Annual administration report of the Civil Veterinary Department of India - 1896-1897
Year: 1896
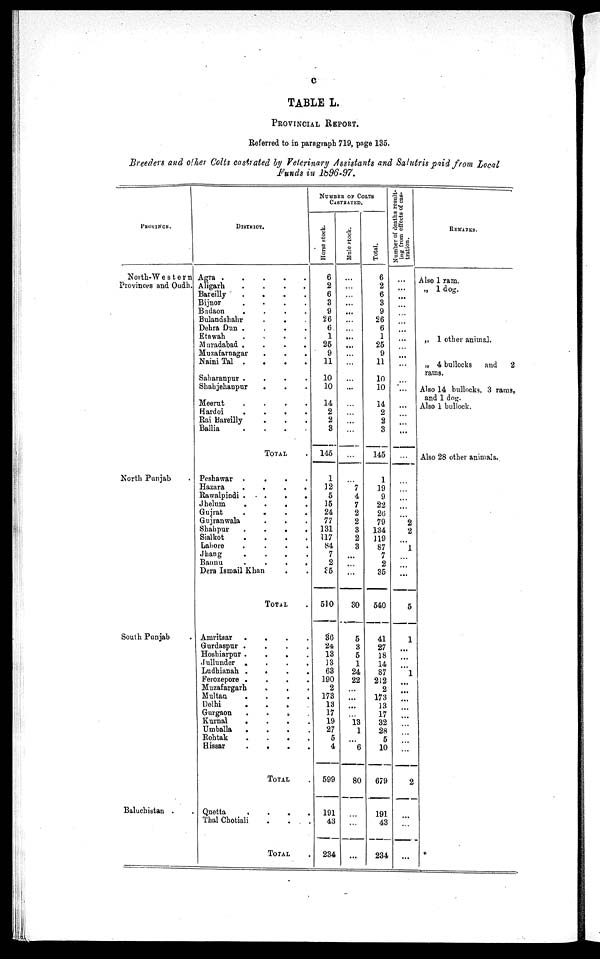
c
TABLE L.
PROVINCIAL REPORT.
Referred to in paragraph 719, page 135.
Breeders and other Colts castrated by Veterinary Assistants and Salutris paid from Local
Funds in 1896-97.
PROVINCE.
North-Western
Provinces and Oudh.
North Punjab .
South Punjab .
Baluchistan . .
DISTRICT.
Agra
.
.
.
.
.
Aligarh
.
.
.
.
Bareilly
.
.
.
.
Bijnor
.
.
.
.
Byudaon
.
.
.
.
Bulandshahr
. . . .
Dehra Dun .
.
.
.
Etawah
. . . .
Muradabad .
.
.
.
Muzafarnagar . . .
Naini Tal .
.
.
.
Sabaranpur .
.
.
.
Shahjehanpur
.
. .
Meerut
.
.
.
.
Hardoi
.
.
.
.
Rai Bareilly . . .
Ballia
.
.
.
.
TOTAL .
Peshawar .
.
.
.
Hazara
.
.
.
.
Rawalpindi .
.
.
.
Jhelum
.
.
.
.
Gujrat
.
.
.
.
Gujranwala . . .
Shahpur
.
.
.
.
Sialkot
.
.
.
.
Lahore
.
.
.
.
Jhang
.
.
.
.
Bannu
.
.
.
.
Dera Ismail Khan . .
TOTAL .
Amritsar .
.
.
.
Gurdaspur .
.
.
.
Hoshiarpur .
.
.
.
Jullunder . . . .
Ludhianah .
.
.
.
Ferozepore .
.
.
.
Muzafargarh
. . .
Multau
. . . .
Delhi
.
.
.
.
Gurgaon . . . .
Kurnal
. . . .
Umballa
.
.
.
.
Rohtak
. . . .
Hissar
.
.
.
.
TOTAL .
Quetta
.
.
.
.
Thal Chotiali . . .
TOTAL .
NUMBER
OF
COLTS
CASTRATED.
Horse stock.
6
2
6
3
9
26
6
1
25
9
11
10
10
14
2
2
3
145
1
32
5
15
24
77
131
117
84
7
2
35
510
36
24
13
13
63
190
2
173
13
17
19
27
5
4
599
191
43
234
Mule stock.
...
...
...
...
...
...
...
...
...
...
...
...
...
...
...
...
...
...
...
...
4
7
2
2
8
2
3
...
...
...
30
5
3
5
1
24
22
...
...
...
...
13
1
...
6
80
...
...
...
Total.
6
2
6
3
9
26
6
1
25
9
11
10
10
14
2
2
3
145
1
19
9
22
26
79
134
119
87
7
2
35
540
41
27
18
14
87
212
2
173
13
17
32
28
5
10
679
191
43
234
Number of deaths result-
ing from effects of cas-
tration.
...
...
...
...
...
...
...
...
...
...
...
...
...
...
...
...
...
...
...
...
...
...
...
2
2
...
1
...
...
...
5
1
...
...
...
1
...
...
...
...
...
...
...
...
...
2
...
...
...
REMARKS.
Also 1 ram.
„ 1 dog.
„ 1 other animal.
„ 4 bullocks and
rams.
2
Also 14 bullocks, 3 rans.
and 1 dog.
Also 1 bullock.
Also 28 other animals.